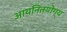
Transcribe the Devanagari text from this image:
आयनितयोग्य